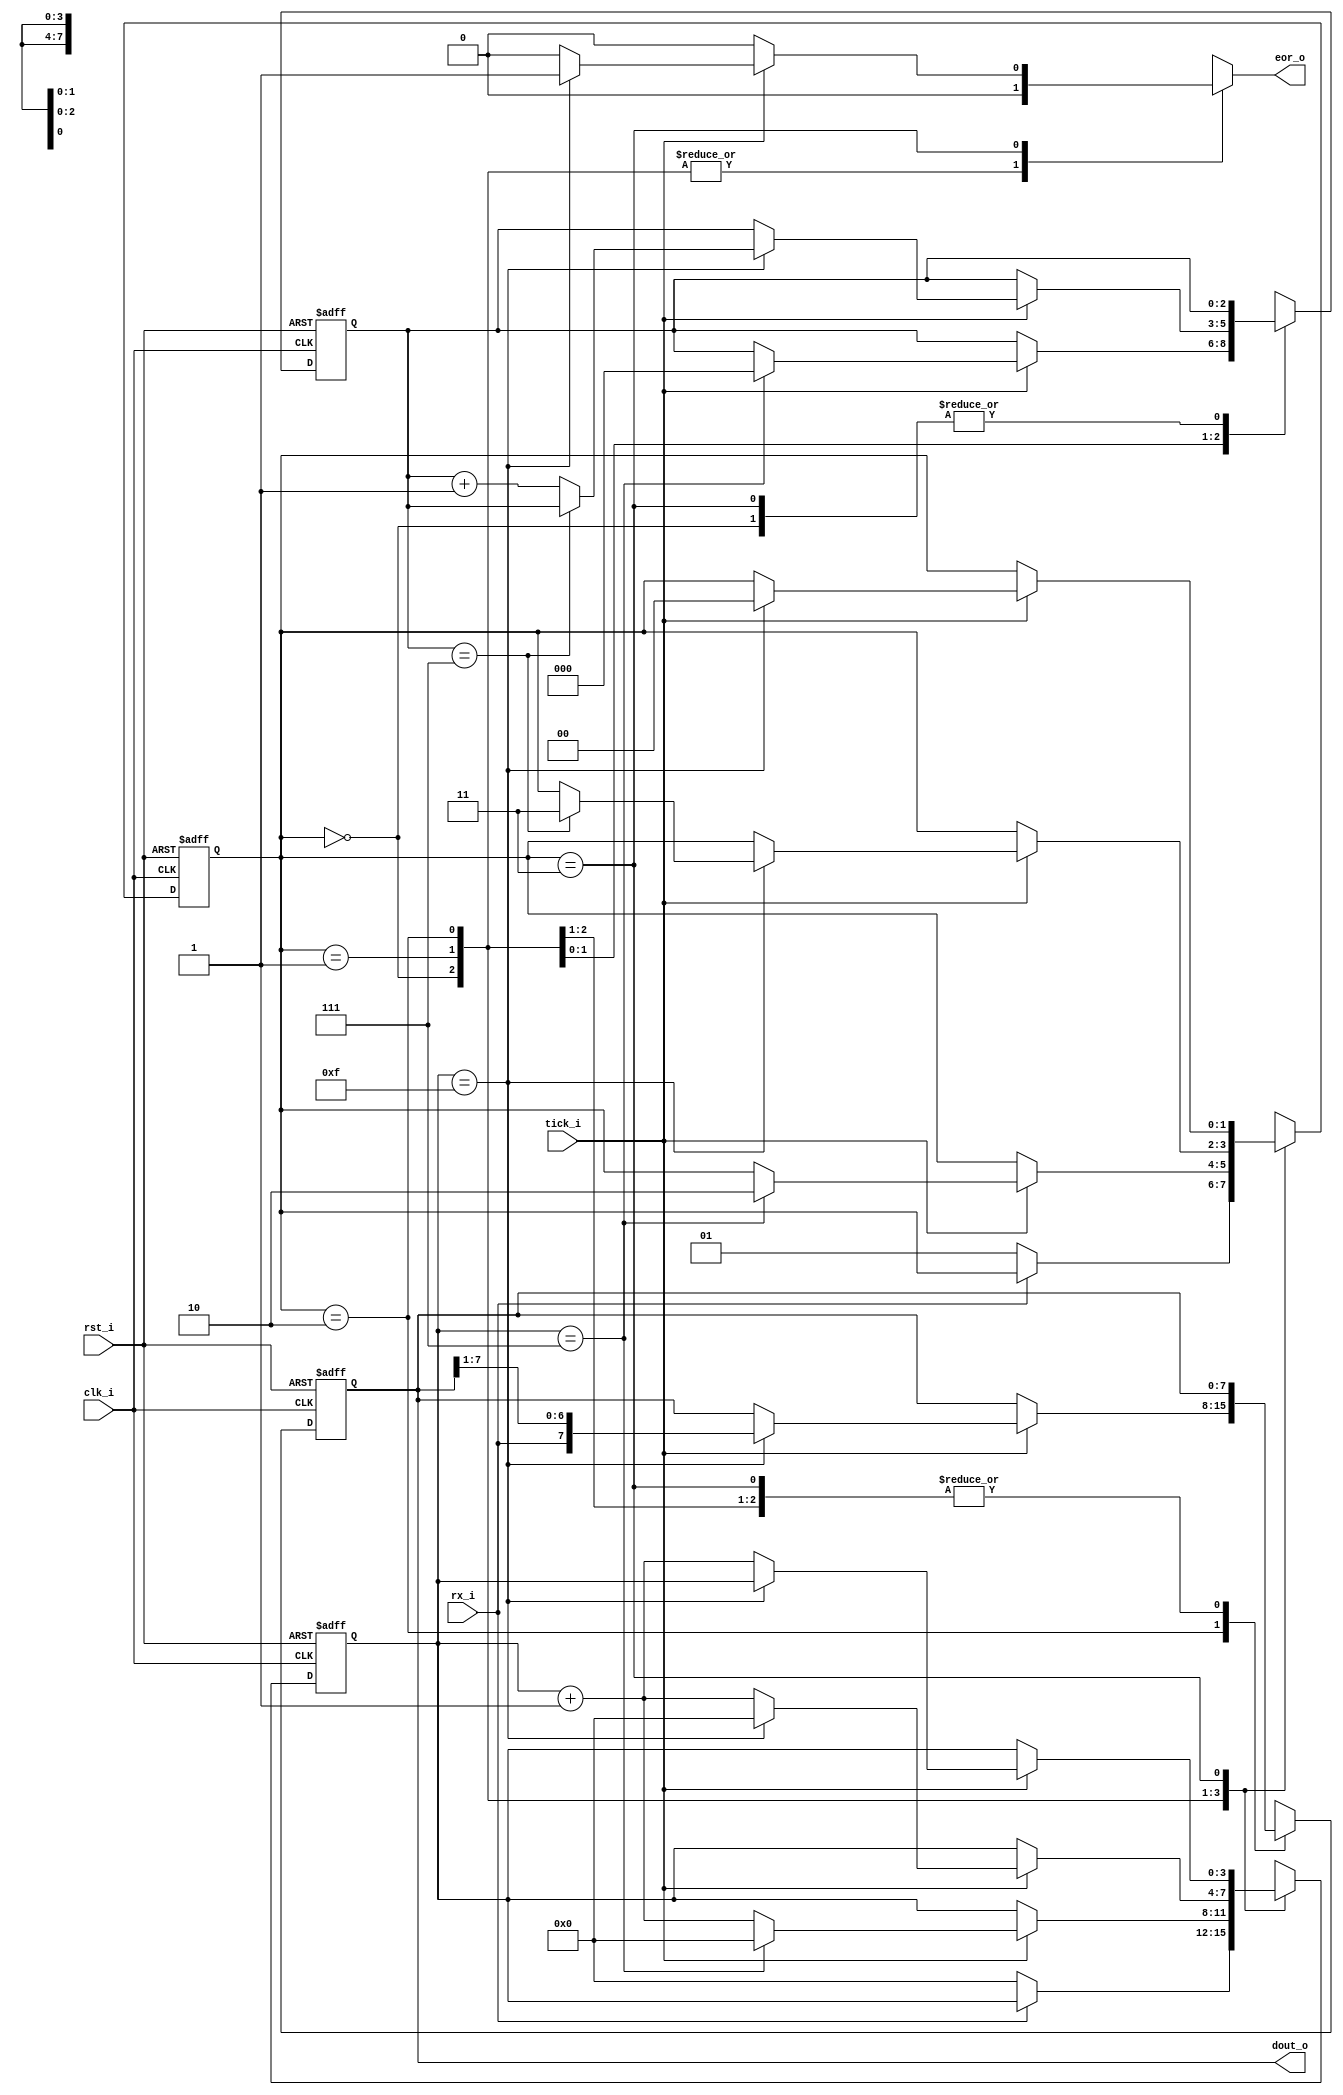
// Name: .v
//
// Description: 

module receiver #(
  parameter Nbits  = 8,
  parameter Sticks = 16
) ( 
  input        clk_i,
  input        rst_i,
  input        rx_i,
  input        tick_i,
  output reg   eor_o,
  output [7:0] dout_o
);

  localparam [1:0] idle  = 2'b00,
                   start = 2'b01,
                   data  = 2'b10,
                   stop  = 2'b11;

  reg [1:0] state_reg, state_next; // state register
  reg [3:0] s_reg    , s_next;     // number of sample ticks
  reg [2:0] n_reg    , n_next;     // number bits recived
  reg [7:0] b_reg    , b_next;     // shift register
  
  always @(posedge clk_i, posedge rst_i) begin
    if (rst_i) begin 
      state_reg <= idle;
          s_reg <= 0;
          n_reg <= 0;
          b_reg <= 0;
    end else begin
      state_reg <= state_next;
          s_reg <= s_next;
          n_reg <= n_next;
          b_reg <= b_next;
    end
  end
  
  always @(*) begin
    state_next = state_reg;
    eor_o = 1'b0;
    s_next = s_reg;
    n_next = n_reg;
    b_next = b_reg;
    case (state_reg)
      idle: begin
              if (~rx_i) begin
                state_next = start;
                s_next = 0;
              end
            end
     start: begin
              if (tick_i) begin
                if (s_reg == 7) begin
                  state_next = data;
                  s_next = 0;
                  n_next = 0;
                end else begin
                  s_next = s_reg + 1;
                end
              end
            end
      data: begin
              if (tick_i) begin
                if (s_reg == 15) begin
                  s_next = 0;
                  b_next = {rx_i, b_reg[7:1]};
                  if (n_reg == (Nbits-1)) begin
                    state_next = stop;
                  end else begin
                    n_next = n_reg + 1;
                  end
                end else begin
                  s_next = s_reg + 1;
                end
              end
            end
      stop: begin
              if (tick_i) begin
                if (s_reg == (Sticks-1)) begin
                  state_next = idle;
                  eor_o = 1'b1;
                end else begin
                  s_next = s_reg + 1;
                end
              end
            end
    endcase
  end
  
  assign dout_o = b_reg;
  
endmodule